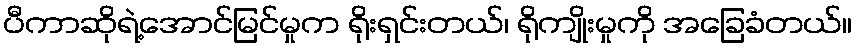
ပီကာဆိုရဲ့အောင်မြင်မှုက ရိုးရှင်းတယ်၊ ရိုကျိုးမှုကို အခြေခံတယ်။